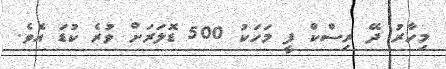
މިހާރު ދޭ ރިސްކް ފީ މަހަކު 500 ޑޮލަރަށް ވުރެ ކުޑަ އެވެ.